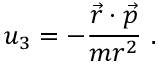
u _ { 3 } = - { \frac { { \vec { r } } \cdot { \vec { p } } } { m r ^ { 2 } } } ~ .